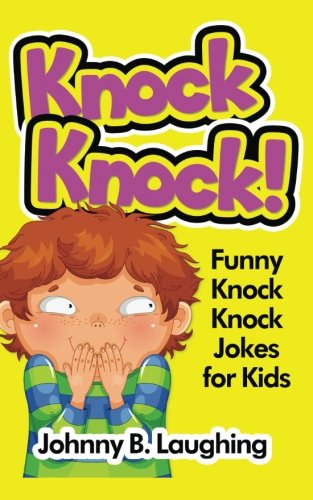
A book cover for Knock Knock!: Funny Knock Knock Jokes for Kids; Johnny B. Laughing; Children's Books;